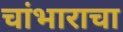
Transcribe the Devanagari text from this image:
चांभाराचा